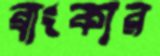
ব্রাংকার